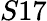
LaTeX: S17